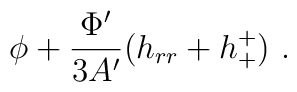
\phi +\frac{\Phi'}{3A'}(h_{rr}+h^+_+)~.